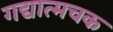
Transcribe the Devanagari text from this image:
गद्यात्मचक